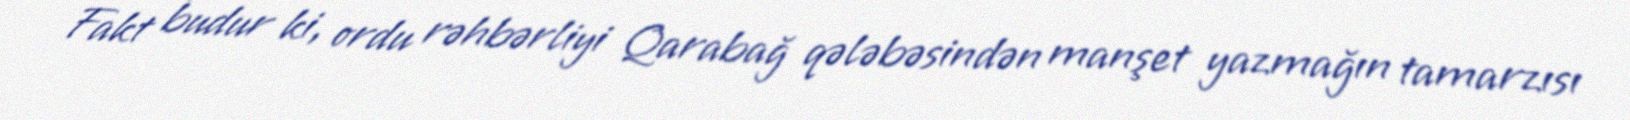
Fakt budur ki, ordu rəhbərliyi Qarabağ qələbəsindən manşet yazmağın tamarzısı